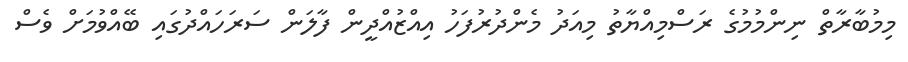
މިމުބާރާތް ނިންމުމުގެ ރަސްމިއްޔާތު މިއަދު މެންދުރުފަހު އިއްޒުއްދީން ފާލަން ސަރަަހައްދުގައި ބޭއްވުމަށް ވެސް